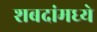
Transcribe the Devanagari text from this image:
शबदांमध्ये